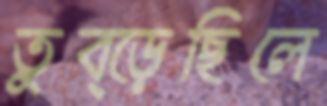
তুব্‌ড়েছিলে